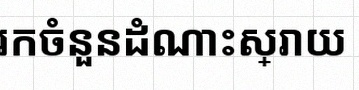
រកចំនួនដំណោះស្រាយ